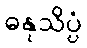
ဓနုသိပ္ပံ